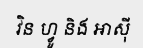
វិន ហ្វូ និង អាស៊ី